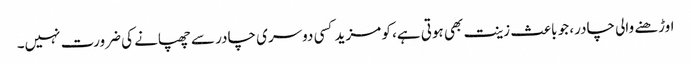
اوڑھنے والی چادر، جو باعث زینت بھی ہوتی ہے، کو مزید کسی دوسری چادر سے چھپانے کی ضرورت نہیں۔